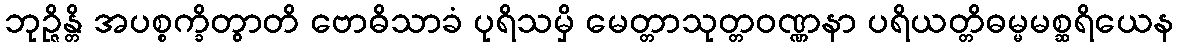
ဘုဉ္ဇိန္တိ အပစ္စက္ခိတွာတိ ဗောဓိသာခံ ပုရိသမှိ မေတ္တာသုတ္တဝဏ္ဏနာ ပရိယတ္တိဓမ္မမစ္ဆရိယေန